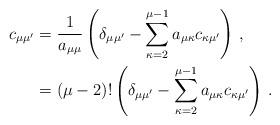
LaTeX: \begin{align*}c_{\mu\mu'} &= \frac{1}{a_{\mu\mu}} \left( \delta_{\mu\mu'} - \sum_{\kappa=2}^{\mu-1} a_{\mu\kappa} c_{\kappa\mu'}\right)\,,\\ &= (\mu-2)! \left( \delta_{\mu\mu'} - \sum_{\kappa=2}^{\mu-1} a_{\mu\kappa} c_{\kappa\mu'} \right)\,.\end{align*}